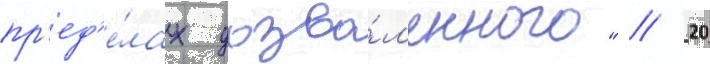
пр'ед'е́лах дозво́л'енного" // 20